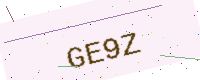
Text: GE9Z